Document type: Sale
Year: 1430
Scribe: [Unknown]
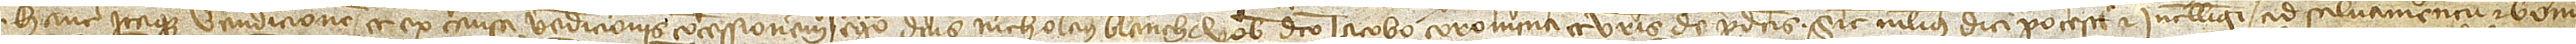
Hanc itaque vendicionem et ex causa vendicionis concessionem ego dictus Nicholaus Blanch vobis dicto Iacobo Coromina et vestris de predictis sicut melius dici potest et intelligi ad salvamentum et bonum